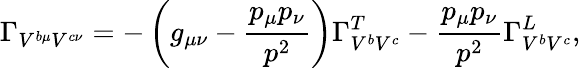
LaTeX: \Gamma_{V^{b\mu}V^{c\nu}}=-\left(g_{\mu\nu}-\frac{p_{\mu}p_{\nu}}{p^{2}}\right)\Gamma_{V^{b}V^{c}}^{T}-\frac{p_{\mu}p_{\nu}}{p^{2}}\Gamma_{V^{b}V^{c}}^{L},